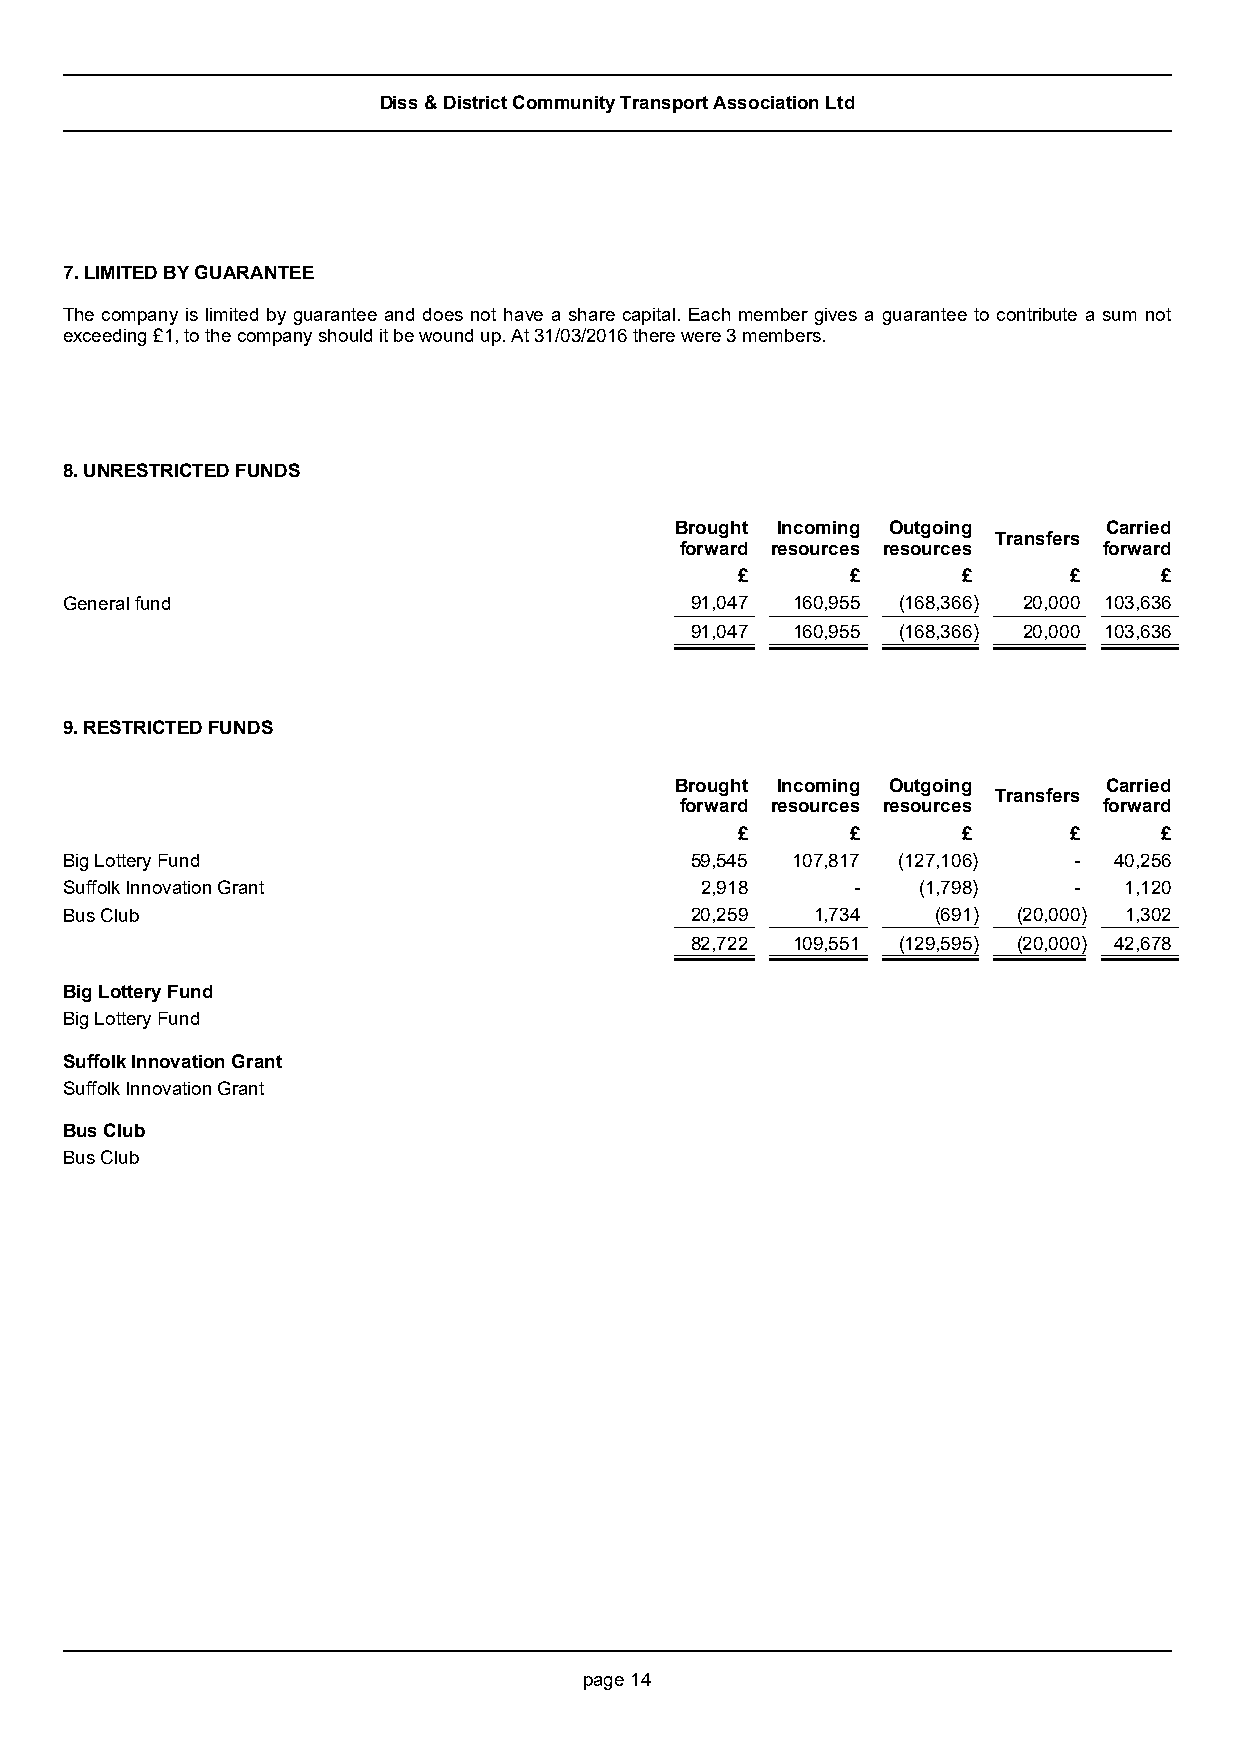
Diss & District Community Transport Association Ltd
 7. LIMITED BY GUARANTEE
 The company is limited by guarantee and does not have a share capital. Each member gives a guarantee to contribute a sum not
 exceeding £1, to the company should it be wound up. At 31/03/2016 there were 3 members.
 8. UNRESTRICTED FUNDS
 Brought Incoming Outgoing   Carried
 Transfers
 forward resources resources forward
 £      £       £      £     £
 General fund                              91,047 160,955 (168,366) 20,000 103,636
 91,047 160,955 (168,366) 20,000 103,636
 9. RESTRICTED FUNDS
 Brought Incoming Outgoing   Carried
 Transfers
 forward resources resources forward
 £      £       £      £     £
 Big Lottery Fund                          59,545 107,817 (127,106) -  40,256
 Suffolk Innovation Grant                  2,918      -   (1,798)   -  1,120
 Bus Club                                  20,259  1,734   (691) (20,000) 1,302
 82,722 109,551 (129,595) (20,000) 42,678
 Big Lottery Fund
 Big Lottery Fund
 Suffolk Innovation Grant
 Suffolk Innovation Grant
 Bus Club
 Bus Club
 page 14